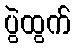
ပွဲထွက်